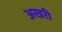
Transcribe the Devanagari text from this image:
अखरी